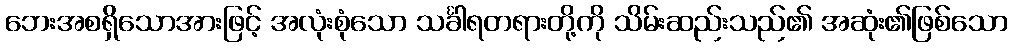
ဘေးအစရှိသောအားဖြင့် အလုံးစုံသော သင်္ခါရတရားတို့ကို သိမ်းဆည်းသည်၏ အဆုံး၏ဖြစ်သော